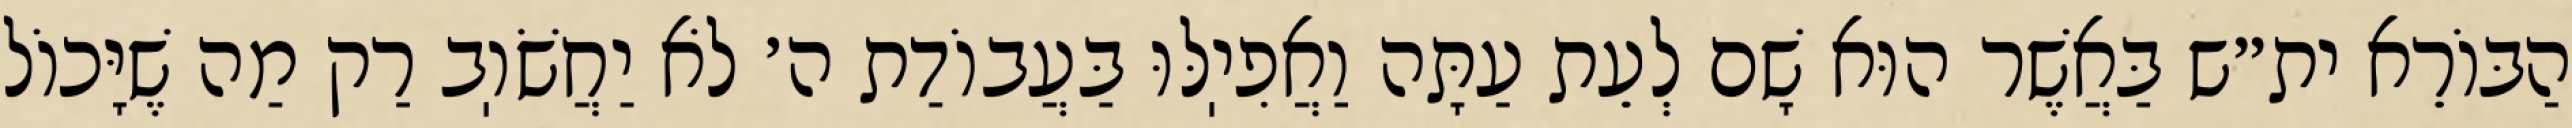
הַבּוֹרֵא ית״ש בַּאֲשֶׁר הוּא שָׁם לְעֵת עַתָּה וַאֲפִיֽלּוּ בַּעֲבוֹדַת ה׳ לֹא יַחֲשֹׁוֽב רַק מַה שֶׁיָּכוֹל